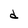
Character: d